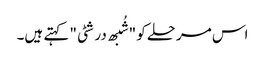
اس مرحلے کو "شُبھ درشٹی" کہتے ہیں۔